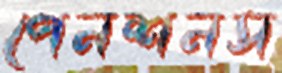
পেনশনস